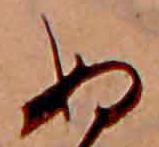
ぬ